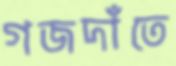
গজদাঁতে